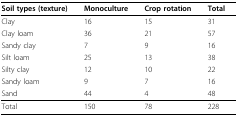
| Soil types (texture) | Monoculture | Crop rotation | Total |
 | --- | --- | --- | --- |
 | Clay | 16 | 15 | 31 |
 | Clay loam | 36 | 21 | 57 |
 | Sandy clay | 7 | 9 | 16 |
 | Silt loam | 25 | 13 | 38 |
 | Silty clay | 12 | 10 | 22 |
 | Sandy loam | 9 | 7 | 16 |
 | Sand | 44 | 4 | 48 |
 | Total | 150 | 78 | 228 |